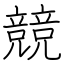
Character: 競